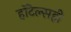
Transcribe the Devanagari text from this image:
हॉटेल्सही